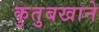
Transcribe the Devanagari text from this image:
कुतुबखाने